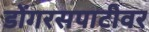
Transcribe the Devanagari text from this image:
डोंगरसपाटीवर